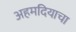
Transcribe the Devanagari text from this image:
अहमदियाचा